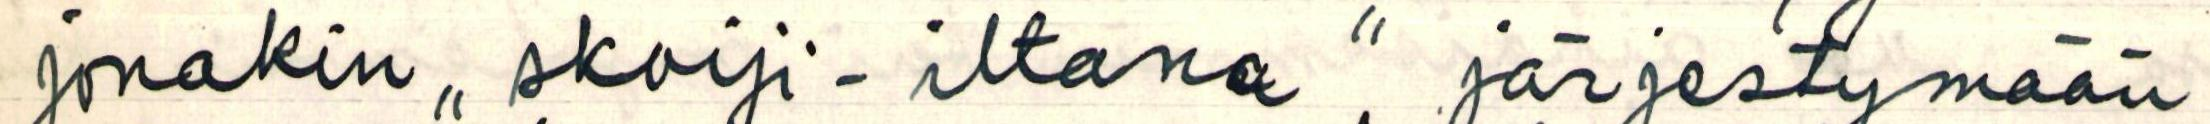
jonakin ,, skoiji-iltana" järjestymään